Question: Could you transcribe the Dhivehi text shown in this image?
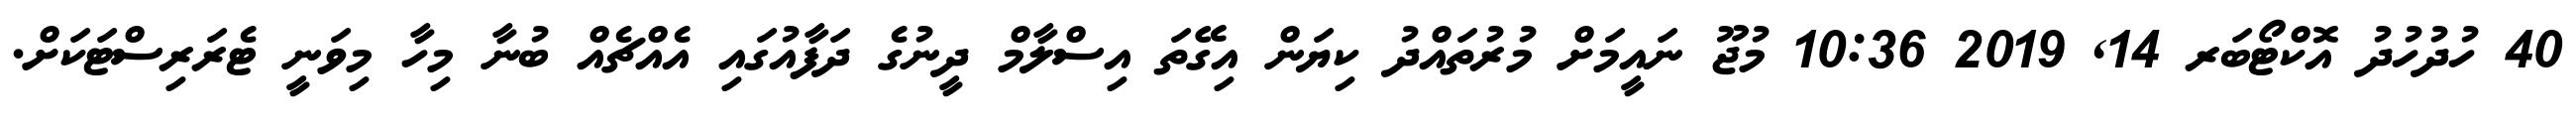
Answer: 40 ހުދުހުދު އޮކްޓޯބަރ 14, 2019 10:36 މުޖޫ ނައީމަށް މުރުތައްދު ކިޔަން އިގޭތަ އިސްލާމް ދީނުގެ ދަފާއުގައި އެއްޗެއް ބުނާ މިހާ މިވަނީ ޓެރަރިސްޓަކަށް.